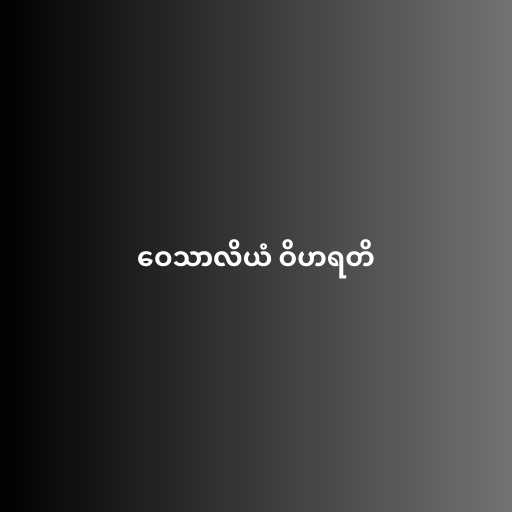
ဝေသာလိယံ ဝိဟရတိ